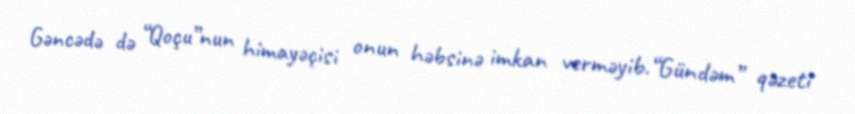
Gəncədə də “Qoçu”nun himayəçisi onun həbsinə imkan verməyib.“Gündəm” qəzeti